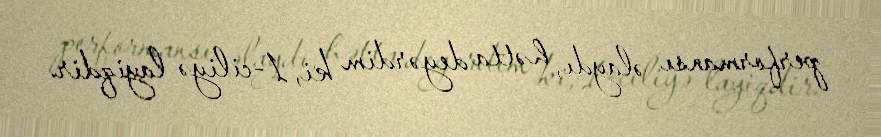
performansı əlaydı, hətta deyərdim ki, 1-ciliyə layiqdir.